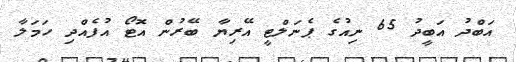
އަބްދު އަބީދު 65 ނިއުގެ ޕެނަލްޓީ އޭރިޔާ ބޭރުން އޮޓޯ އުފެއްދި ހަމަލާ